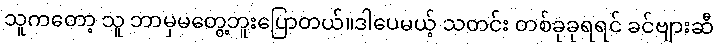
သူကတော့ သူ ဘာမှမတွေ့ဘူးပြောတယ်။ဒါပေမယ့် သတင်း တစ်ခုခုရရင် ခင်ဗျားဆီ